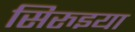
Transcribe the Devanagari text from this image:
सिरुइया